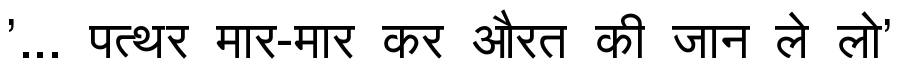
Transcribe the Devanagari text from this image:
'... पत्थर मार-मार कर औरत की जान ले लो'